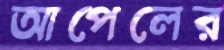
আপেলের